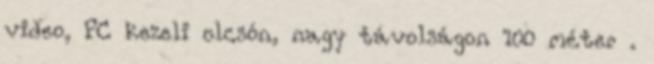
video, PC kezeli olcsón, nagy távolságon 100 méter .